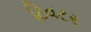
ટિવટર